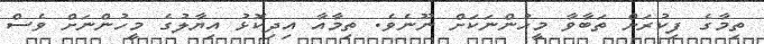
ތިމާގެ ފިކުރަށް ތަބާވާ މީހުންނަކަށް ނޫނެވެ. ތިމާއާ އިދިކޮޅު އިޔާލުގެ މީހުންނަށް ވެސް